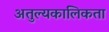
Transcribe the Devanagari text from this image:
अतुल्यकालिकता